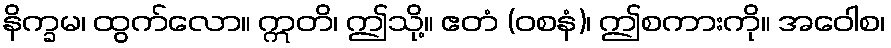
နိက္ခမ၊ ထွက်လော။ ဣတိ၊ ဤသို့။ ဧတံ (ဝစနံ)၊ ဤစကားကို။ အဝေါစ၊